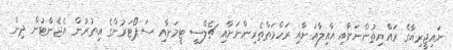
ނައިޖީރިޔާގެ ރައްޔިތުންނަށާއި އާއިލާއަށާއި ރަހްމަތްތެރިންނަށާއި ޗެލްސީ ޓީމަށާއި ސަޕޯޓަރުންގެ އިތުރުން އެޖެންޓުން ދިން